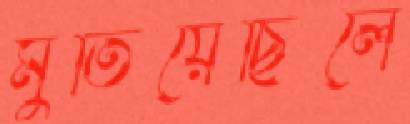
মুতিয়েছিলে